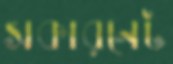
সকারনেট